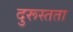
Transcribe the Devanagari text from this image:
दुरूस्तता